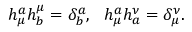
h _ { \mu } ^ { a } h _ { b } ^ { \mu } = \delta _ { b } ^ { a } , ~ ~ h _ { \mu } ^ { a } h _ { a } ^ { \nu } = \delta _ { \mu } ^ { \nu } .